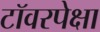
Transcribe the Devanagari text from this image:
टॉवरपेक्षा